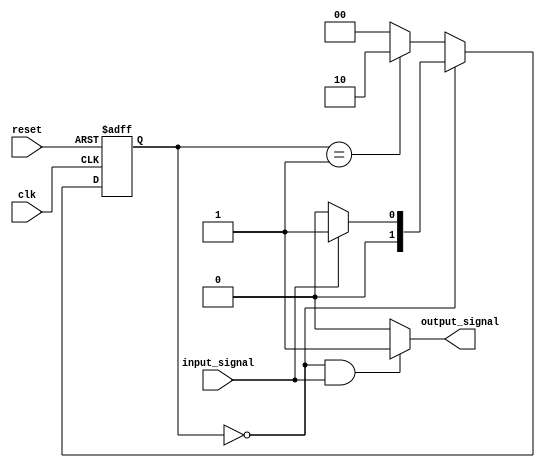
module mealy_state_machine (
    input wire clk,
    input wire reset,
    input wire input_signal,
    output reg output_signal
);

// State definition
parameter STATE_A = 2'b00;
parameter STATE_B = 2'b01;
parameter STATE_C = 2'b10;

// State register
reg [1:0] state_reg, next_state;

// Next state logic block
always @(posedge clk or posedge reset) begin
    if (reset) begin
        state_reg <= STATE_A;
    end else begin
        state_reg <= next_state;
    end
end

assign next_state = (state_reg == STATE_A) ? (input_signal ? STATE_B : STATE_A) :
                    (state_reg == STATE_B) ? STATE_C :
                    STATE_A;

// Output logic block
always @(*) begin
    output_signal = (state_reg == STATE_A && input_signal) ? 1'b1 : 1'b0;
end

endmodule